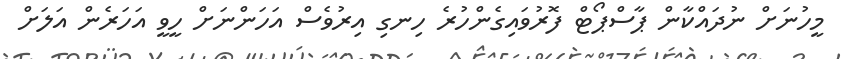
މީހުނަށް ނުދައްކާން ޕާސްޕޯޓް ފޮރުވައިގެންހުރެ ހިނގި އިރުވެސް އަހަންނަށް ހީވީ އަހަރެން އަލަށް